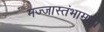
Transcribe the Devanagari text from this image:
मज्जास्तंभामध्ये